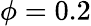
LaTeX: \phi=0.2